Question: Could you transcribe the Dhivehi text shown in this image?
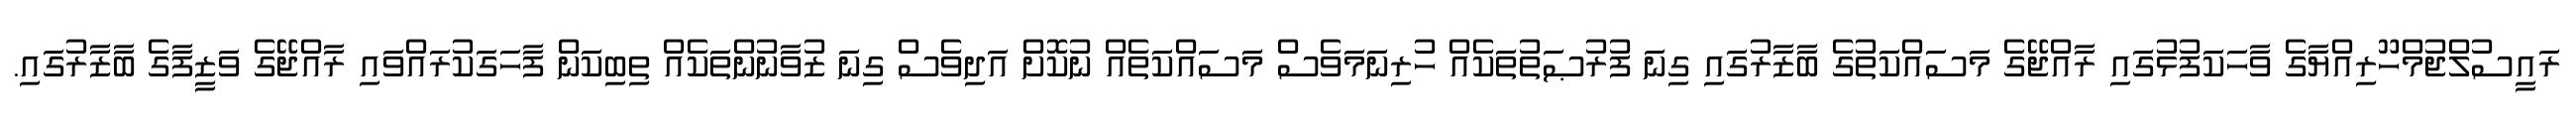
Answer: ރައީސުލްޖުމްހޫރިއްޔާގެ ވާހަކަފުޅުގައި ރާއްޖޭގެ މަސައްކަތުގެ ބާޒާރުގައި ގިނަ ފުރުޞަތުތަކެއް ހުރިނަމަވެސް މަސައްކަތެއް ނުކޮށް އަދިވެސް ގިނަ ޒުވާނުންތަކެއް ތިބިކަން ފާހަގަކުރައްވައި ރާއްޖޭގެ ވަޒީފާގެ ބާޒާރުގައި.